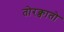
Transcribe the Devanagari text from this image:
तोरक्वातो